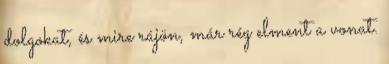
dolgokat, és mire rájön, már rég elment a vonat.